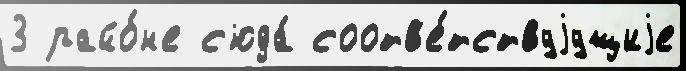
3 райо́н'е с'юда́ соотв'е́тствуjущиjе